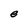
Character: e